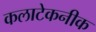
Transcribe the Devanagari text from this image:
कलाटेकनीक